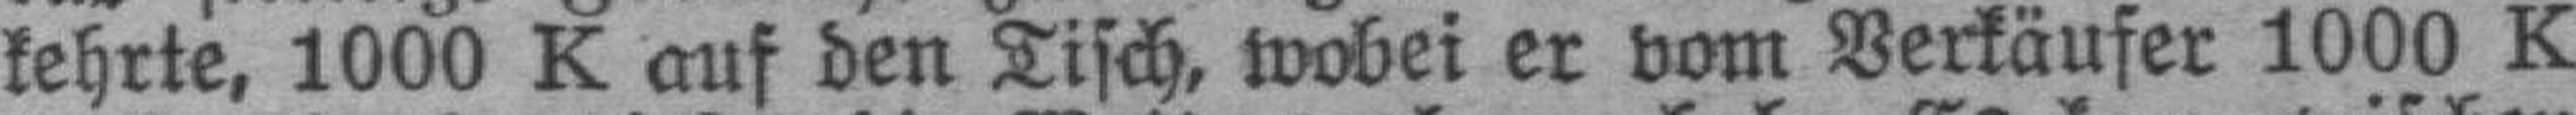
kehrte, 1000 K auf den Tisch, wobei er vom Verkäufer 1000 K